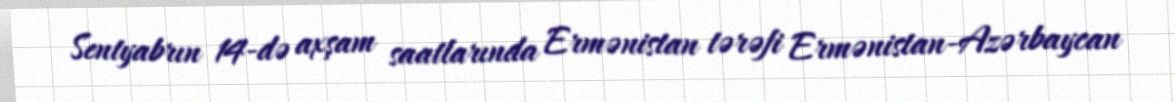
Sentyabrın 14-də axşam saatlarında Ermənistan tərəfi Ermənistan-Azərbaycan